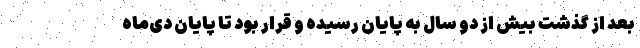
بعد از گذشت بیش از دو سال به پایان رسیده و قرار بود تا پایان دی‌ماه